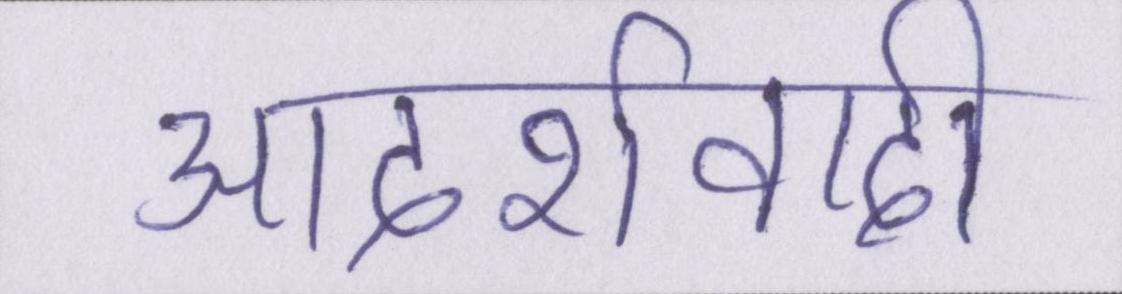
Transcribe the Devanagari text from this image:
आदर्शवादी